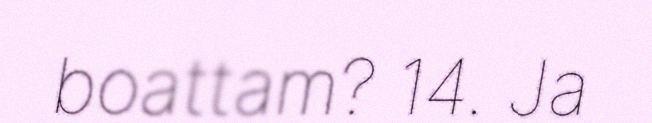
boattam? 14. Ja